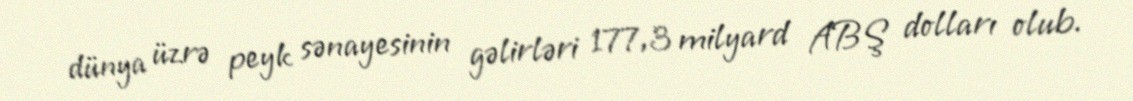
dünya üzrə peyk sənayesinin gəlirləri 177,3 milyard ABŞ dolları olub.